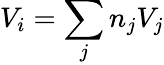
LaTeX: V_{i}=\sum_{j}n_{j}V_{j}